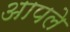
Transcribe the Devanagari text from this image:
अापले